Vaike-Kullamaa_(Vaikna)_vallavalitsus, lk 3
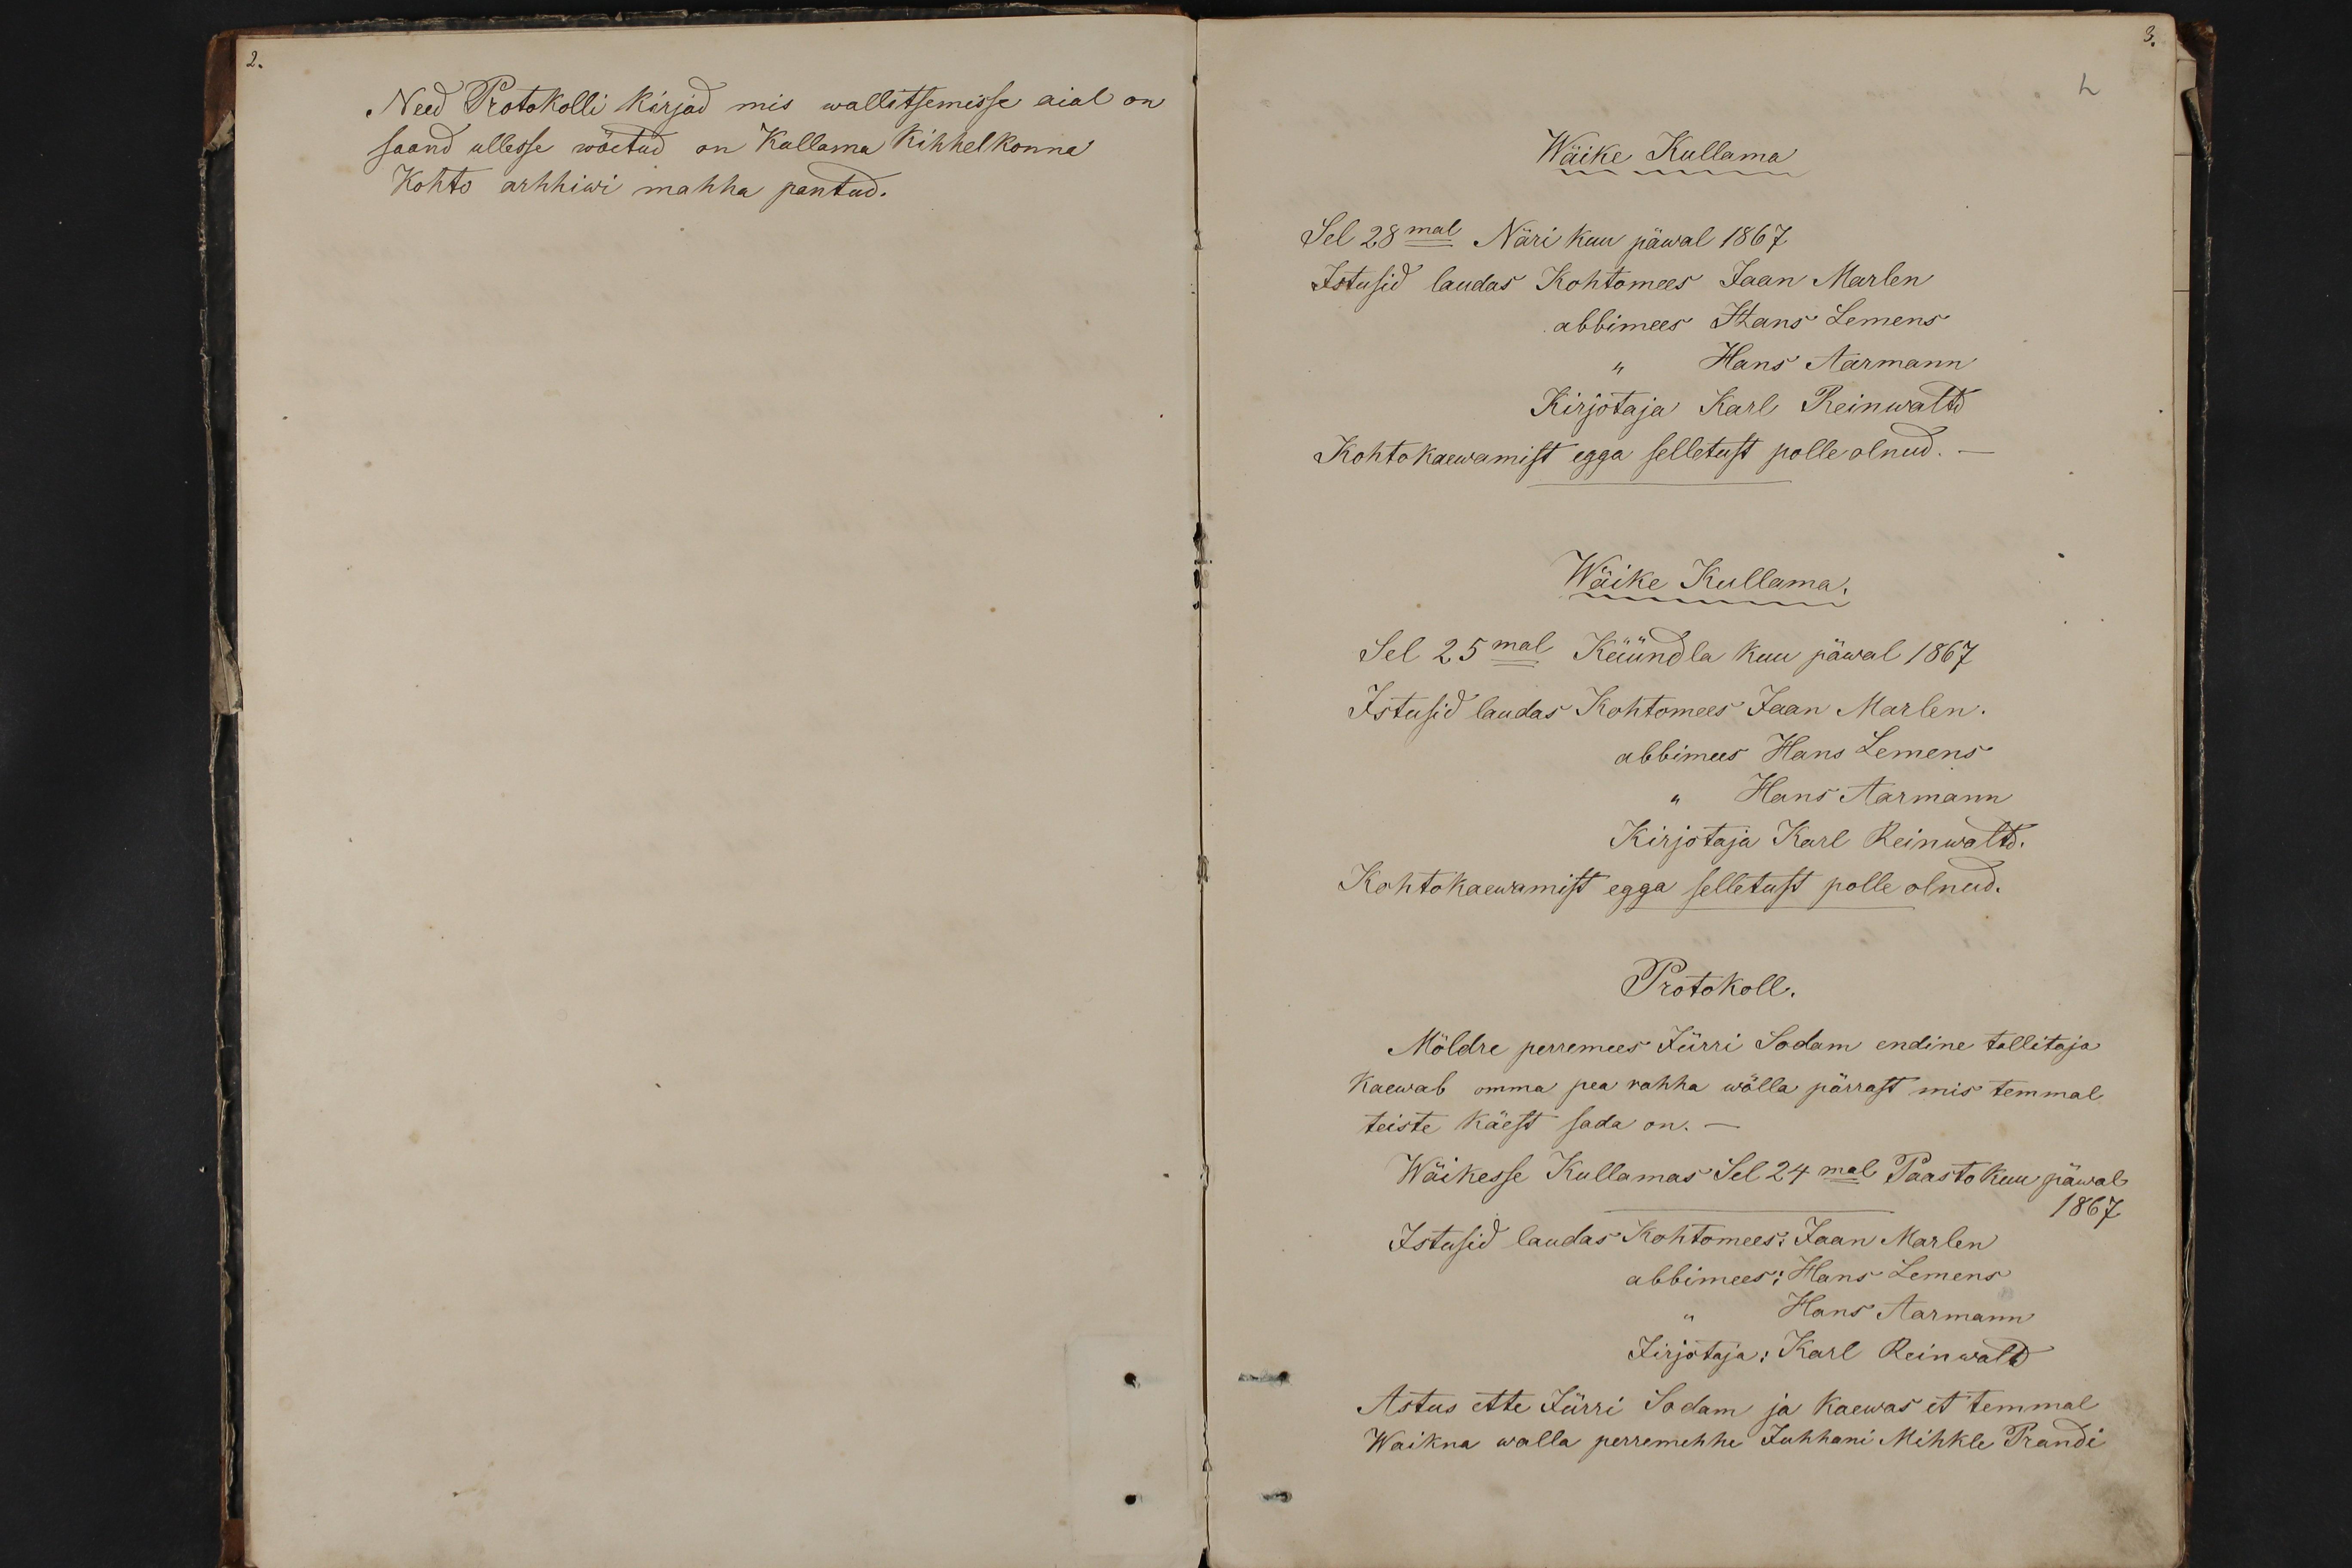
Need Protokolli kirjad mis wallitsemisse aial on
saand ullesse wöetud on Kallama Kihhelkonna
Kohto arhhiwi mahha pantud.

2
Wäike Kullama
Sel 28mal Näri kuu päwal 1867.
Istusid laudas Kohtomees Jaan Marlen
abbimees Hans Lemens
Hans Aarmann
Kirjotaja Karl Reinwaltd
Kohtokaewamist egga selletust polle olnud.
Wäike Kullama.
Sel 25mal Küündla kuu päwal 1867.
Istusid laudas Kohtomees Jaan Marlen.
abbimees Hans Lemens
Hans Aarmann
Kirjotaja Karl Reinwaltd.
Kohtokaewamist egga selletust polle olnud.
Protokoll.
Möldre perremees Jürri Sadam endine tallitaja
Kaewab omma pea rahha wõlla pärrast mis temmal
teiste käest sada on.-
Wäikesse Kullamas Sel 24mal Paastokuu päwal
1867
Istusid laudas Kohtomees: Jaan Marlen
abbimees: Hans Lemens
Hans Aarmann
Jirjotaja: Karl Reinwald
Astus ette Jürri Sadam ja Kaewas et temmal
Waikna walla perremehhe Juhhan Mihkle Prandi